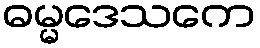
ဓမ္မဒေသကေ